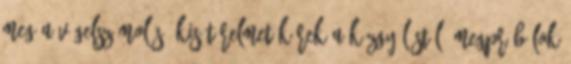
meg a végelszámolás. Kis türelmet kérek a közgyűléstől, megpróbálok